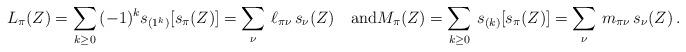
LaTeX: \begin{align*} L_\pi(Z)= \sum_{k\ge 0}\, (-1)^k s_{(1^k)}[s_\pi(Z)] = \sum_\nu\, \ell_{\pi\nu}\, s_\nu(Z)\quad\mbox{and} M_\pi(Z)= \sum_{k\ge 0}\, s_{(k)}[s_\pi(Z)] = \sum_\nu\, m_{\pi\nu}\, s_\nu(Z)\,.\end{align*}